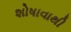
શોષાવાથી